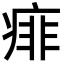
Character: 痱